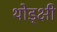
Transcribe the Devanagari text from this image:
थोड्क्षी